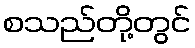
စသည်တို့တွင်